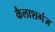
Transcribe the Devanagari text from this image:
कैलाशगंज